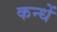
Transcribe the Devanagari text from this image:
कन्धें